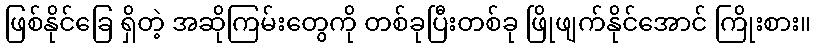
ဖြစ်နိုင်ခြေ ရှိတဲ့ အဆိုကြမ်းတွေကို တစ်ခုပြီးတစ်ခု ဖြိုဖျက်နိုင်အောင် ကြိုးစား။